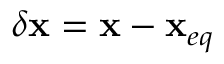
\delta \mathbf { x } = \mathbf { x } - \mathbf { x } _ { e q }